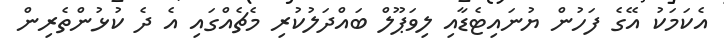
އެކަމަކު އޭގެ ފަހުން ޔުނައިޓެޑާއި ލިވަޕޫލް ބައްދަލުކުރި މެެޗެއްގައި އެ ދެ ކުޅުންތެރިން